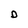
Character: D